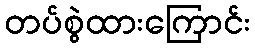
တပ်စွဲထားကြောင်း